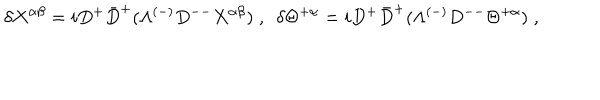
\delta X ^ { \alpha \beta } = i D ^ { + } \bar { D } ^ { + } ( \Lambda ^ { ( - ) } D ^ { -- } X ^ { \alpha \beta } ) \; , \ \ \delta \Theta ^ { + \alpha } = i D ^ { + } \bar { D } ^ { + } ( \Lambda ^ { ( - ) } D ^ { -- } \Theta ^ { + \alpha } ) \; ,